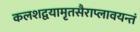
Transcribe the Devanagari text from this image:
कलशद्वयामृतसैराप्लावयन्तं